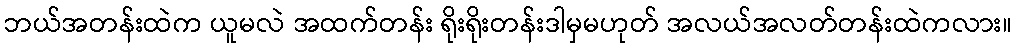
ဘယ်အတန်းထဲက ယူမလဲ အထက်တန်း ရိုးရိုးတန်းဒါမှမဟုတ် အလယ်အလတ်တန်းထဲကလား။